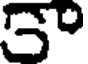
5